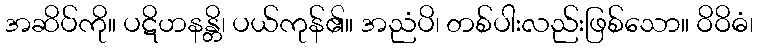
အဆိပ်ကို။ ပဋိဟနန္တိ၊ ပယ်ကုန်၏။ အညံပိ၊ တစ်ပါးလည်းဖြစ်သော။ ဝိဝိဓံ၊